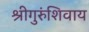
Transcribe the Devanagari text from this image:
श्रीगुरुंशिवाय